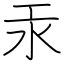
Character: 汞